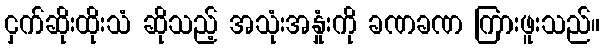
ငှက်ဆိုးထိုးသံ ဆိုသည့် အသုံးအနှုံးကို ခဏခဏ ကြားဖူးသည်။